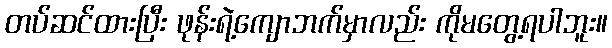
တပ်ဆင်ထားပြီး ဖုန်းရဲ့ကျောဘက်မှာလည်း ကိုမတွေ့ရပါဘူး။